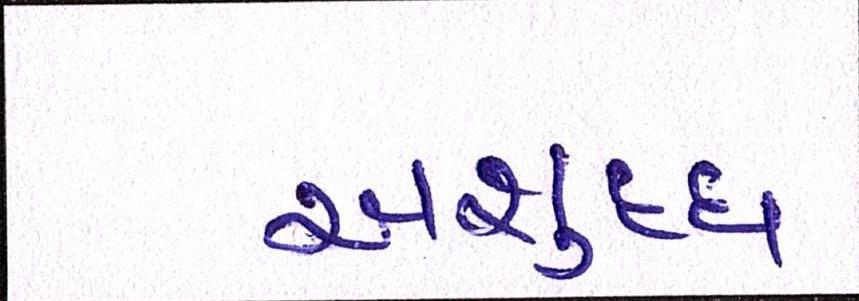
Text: અશુદ્ધ